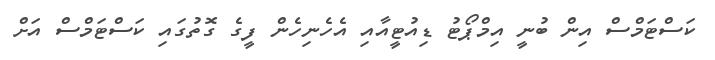
ކަސްޓަމްސް އިން ބުނީ އިމްޕޯޓު ޑިއުޓީއާއި އެހެނިހެން ފީގެ ގޮތުގައި ކަސްޓަމްސް އަށް